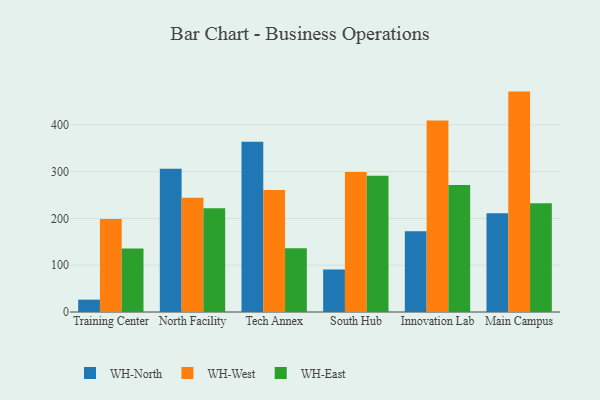
{"axis": {"x": "Campus", "y": "Demand Index"}, "legend": ["WH-East", "WH-North", "WH-West"], "data": [{"x": "Training Center", "y": 26.4, "type": "WH-North"}, {"x": "Training Center", "y": 198.9, "type": "WH-West"}, {"x": "Training Center", "y": 135.9, "type": "WH-East"}, {"x": "North Facility", "y": 306.1, "type": "WH-North"}, {"x": "North Facility", "y": 243.9, "type": "WH-West"}, {"x": "North Facility", "y": 221.5, "type": "WH-East"}, {"x": "Tech Annex", "y": 364.0, "type": "WH-North"}, {"x": "Tech Annex", "y": 260.7, "type": "WH-West"}, {"x": "Tech Annex", "y": 136.0, "type": "WH-East"}, {"x": "South Hub", "y": 91.0, "type": "WH-North"}, {"x": "South Hub", "y": 299.2, "type": "WH-West"}, {"x": "South Hub", "y": 291.1, "type": "WH-East"}, {"x": "Innovation Lab", "y": 172.8, "type": "WH-North"}, {"x": "Innovation Lab", "y": 409.5, "type": "WH-West"}, {"x": "Innovation Lab", "y": 271.6, "type": "WH-East"}, {"x": "Main Campus", "y": 211.2, "type": "WH-North"}, {"x": "Main Campus", "y": 471.0, "type": "WH-West"}, {"x": "Main Campus", "y": 232.3, "type": "WH-East"}]}